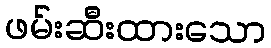
ဖမ်းဆီးထားသော